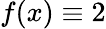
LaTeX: f(x)\equiv 2